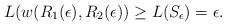
LaTeX: \begin{align*} L(w(R_1(\epsilon), R_2(\epsilon)) \geq L(S_\epsilon) = \epsilon.\end{align*}